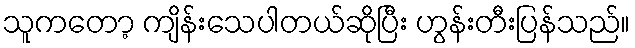
သူကတော့ ကျိန်းသေပါတယ်ဆိုပြီး ဟွန်းတီးပြန်သည်။